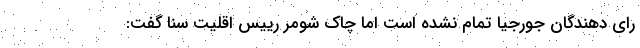
رای دهندگان جورجیا تمام نشده است اما چاک شومر رییس اقلیت سنا گفت: